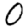
Digit: 0